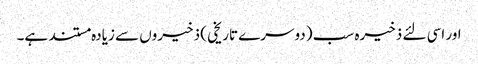
اور اسی لئے ذخیرہ سب (دوسرے تاریخی ) ذخیروں سے زیادہ مستند ہے۔